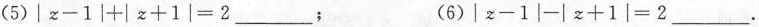
(5)$$|z-1|+|z+1|=2___$$ (6)$$|z-1|-|z+1|=2___$$。